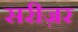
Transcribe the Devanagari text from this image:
सरीज़र